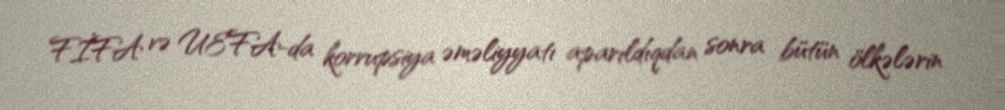
FİFA və UEFA-da korrupsiya əməliyyatı aparıldıqdan sonra bütün ölkələrin